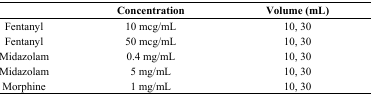
<table><thead><tr><td></td><td><b>Concentration</b></td><td><b>Volume (mL)</b></td></tr></thead><tbody><tr><td>Fentanyl </td><td>10 mcg/mL</td><td>10, 30</td></tr><tr><td>Fentanyl </td><td>50 mcg/mL</td><td>10, 30</td></tr><tr><td>Midazolam</td><td>0.4 mg/mL</td><td>10, 30</td></tr><tr><td>Midazolam</td><td>5 mg/mL</td><td>10, 30</td></tr><tr><td>Morphine</td><td>1 mg/mL</td><td>10, 30</td></tr></tbody></table>